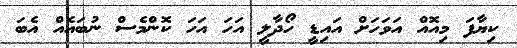
ކިޔާފަ މިއޮއް އަވަހަށް އައިޑީ ހޯދާލީ އަހަ އަހަ ކޮންމެސް ނުބައެއް އެބަ